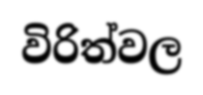
විරිත්වල